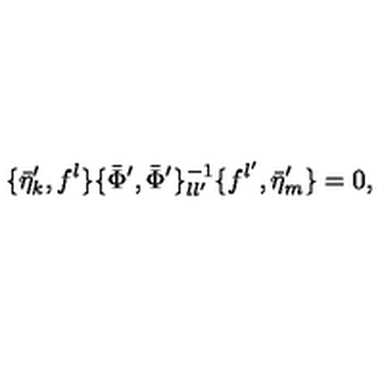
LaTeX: \{ \bar { \eta } _ { k } ^ { \prime } , f ^ { l } \} \{ \bar { \Phi } ^ { \prime } , \bar { \Phi } ^ { \prime } \} _ { l l ^ { \prime } } ^ { - 1 } \{ f ^ { l ^ { \prime } } , \bar { \eta } _ { m } ^ { \prime } \} = 0 ,